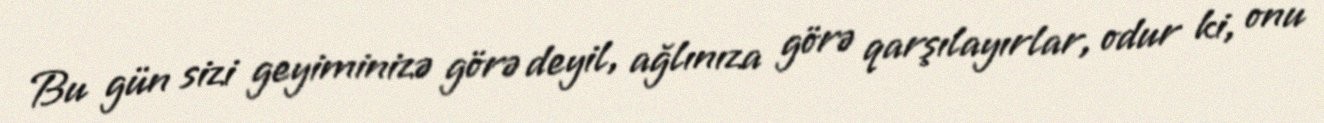
Bu gün sizi geyiminizə görə deyil, ağlınıza görə qarşılayırlar, odur ki, onu